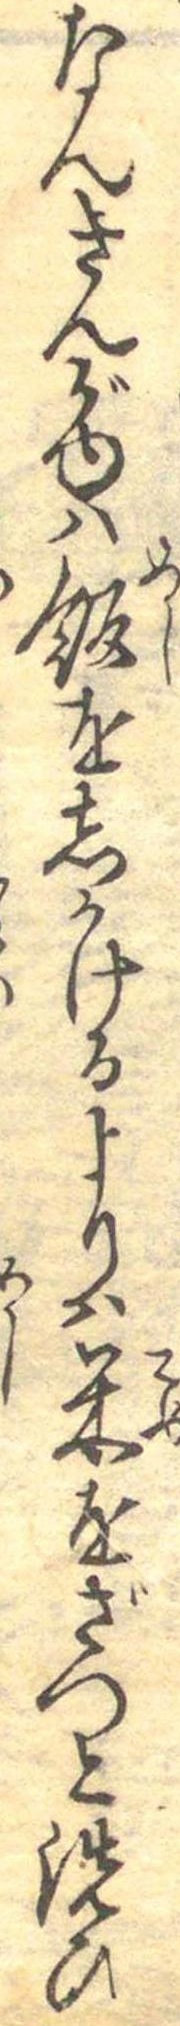
なんきんがゆは飯をしかけるよりは米をざつと洗ひ